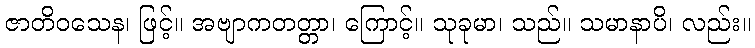
ဇာတိဝသေန၊ ဖြင့်။ အဗျာကတတ္တာ၊ ကြောင့်။ သုခုမာ၊ သည်။ သမာနာပိ၊ လည်း။